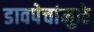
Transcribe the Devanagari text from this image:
डावपेचांमुळे